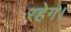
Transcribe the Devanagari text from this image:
रहेग।